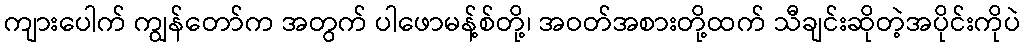
ကျားပေါက် ကျွန်တော်က အတွက် ပါဖောမန့်စ်တို့၊ အဝတ်အစားတို့ထက် သီချင်းဆိုတဲ့အပိုင်းကိုပဲ